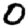
Digit: 0